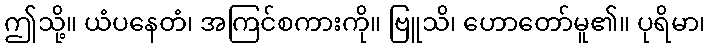
ဤသို့။ ယံပနေတံ၊ အကြင်စကားကို။ ဗြူသိ၊ ဟောတော်မူ၏။ ပုရိမာ၊